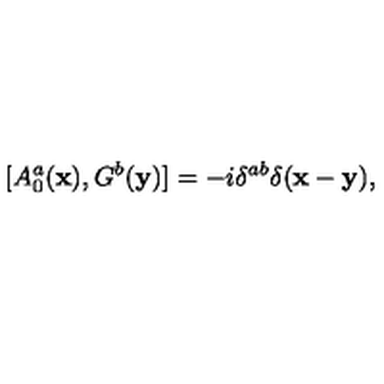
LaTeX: [ A _ { 0 } ^ { a } ( { \bf x } ) , G ^ { b } ( { \bf y } ) ] = - i \delta ^ { a b } \delta ( { \bf x } - { \bf y } ) ,